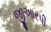
જીઆરપી